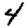
Digit: 4